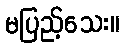
မပြည့်သေး။